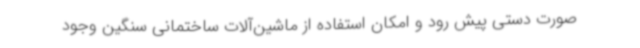
صورت دستی پیش رود و امکان استفاده از ماشین‌آلات ساختمانی سنگین وجود